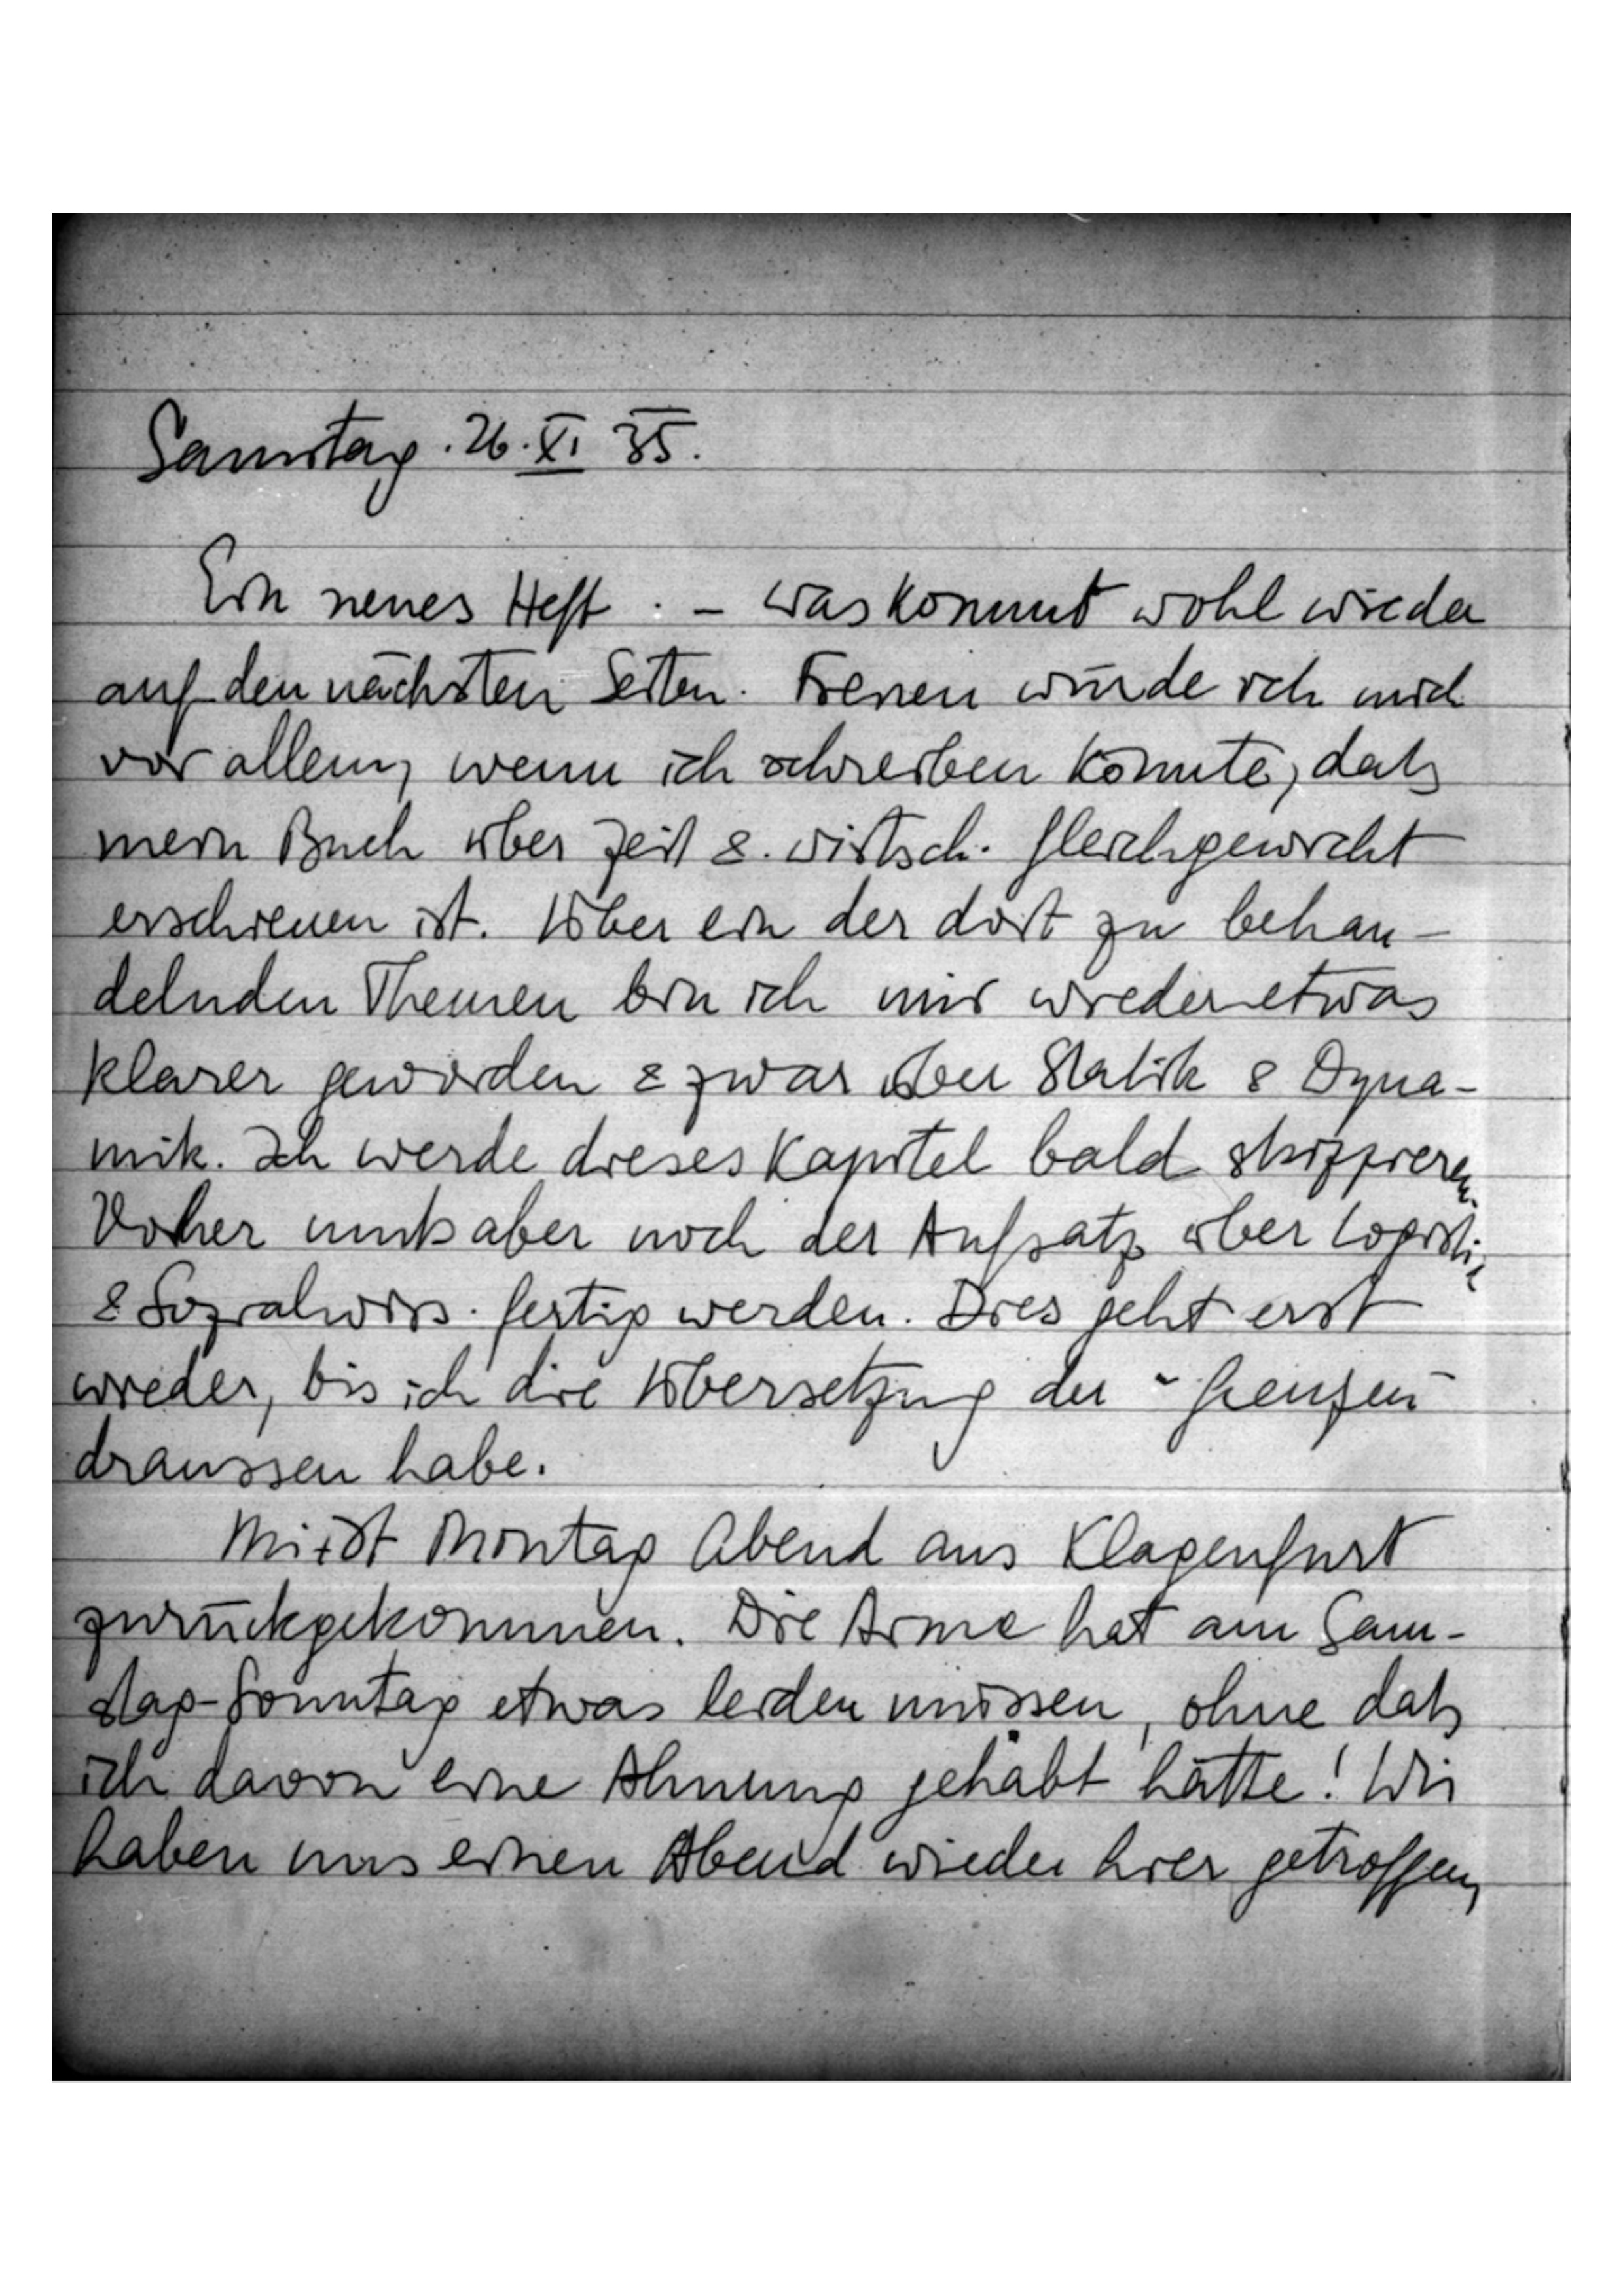
Samstag, 26. XI. 35.
Ein neues Heft – Was kommt wohl wieder
auf den nächsten Seiten. Freuen würde ich mich
vor allem, wenn ich schreiben könnte, daß
mein Buch über Zeit & wirtsch. Gleichgewicht
erschienen ist. Über ein der dort zu behan
delnden Themen bin ich mir wieder etwas
klarer geworden & zwar über Statik & Dyna
mik. Ich werde dieses Kapitel bald skizzieren,
vorher muß aber noch der Aufsatz über Logistik
& Sozialwiss. fertig werden. Dies geht erst
wieder, bis ich die Übersetzung der „Grenzen“
draussen habe.
Mit … Montag Abend aus Klagenfurt
zurückgekommen. Die Arme hat am Sam
stag-Sonntag etwas leiden müssen, ohne daß
ich davon eine Ahnung gehabt hätte! Wir
haben uns einen Abend wieder hier getroffen